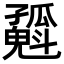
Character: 𡦶